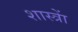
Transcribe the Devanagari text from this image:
शास्त्राें